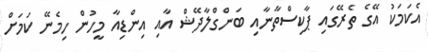
އެކަމަކު އޭގެ ތެރޭގައި ޕާކިސްތާނާއި ބަންގްލާދޭޝް އާއި އިންޑިއާ މީހުން ހިމެނޭ ކަމަށް